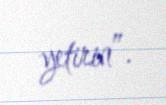
yetirin”.